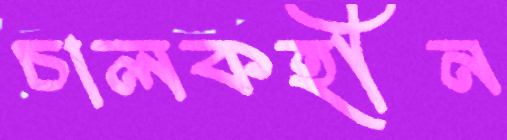
চালকহীন